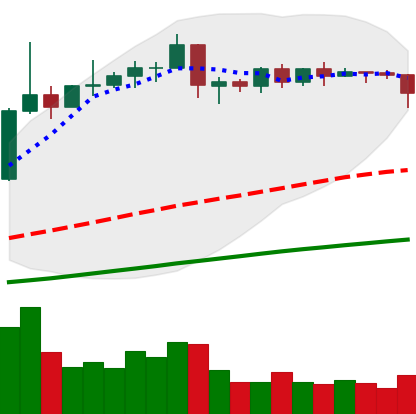
Ticker: EOS-USD
Chart end date: 2019-04-21
Forward return: -9.56%
Label: down_7plus